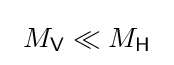
\ M_{\mathsf {V}}\ll M_{\mathsf {H}}\